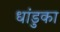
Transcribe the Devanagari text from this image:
धांडुका